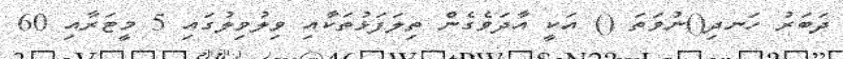
ދަބަރު ހަނދި()ނުވަތަ () އަކީ އާދަވެގެން ތިލަފަޅުތަކާއި ވިލުވިލުގައި 5 މީޓަރާއި 60